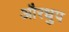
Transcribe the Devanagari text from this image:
औरधुप